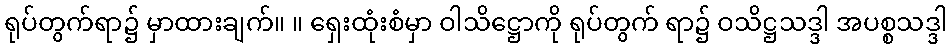
ရုပ်တွက်ရာ၌ မှာထားချက်။ ။ ရှေးထုံးစံမှာ ဝါသိဋ္ဌောကို ရုပ်တွက် ရာ၌ ဝသိဋ္ဌသဒ္ဒါ အပစ္စသဒ္ဒါ